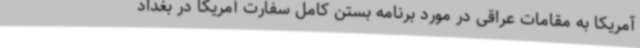
آمریکا به مقامات عراقی در مورد برنامه بستن کامل سفارت آمریکا در بغداد